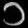
Digit: ၁